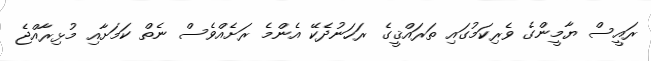
ރައީސް ޔާމީންގެ ވެރިކަމުގައި ތަރައްޤީގެ ރަހަނުދެކޭ އެންމެ ރަށެއްވެސް ނެތް ކަމަށާއި މުޅިރާއްޖެ